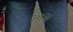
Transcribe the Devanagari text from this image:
आंब्रे